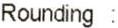
ROUNDING :